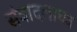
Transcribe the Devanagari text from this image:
संवादलाघव